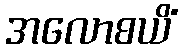
အလောစယိံ